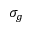
\sigma _ { g }